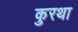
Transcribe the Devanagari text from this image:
कुरथा